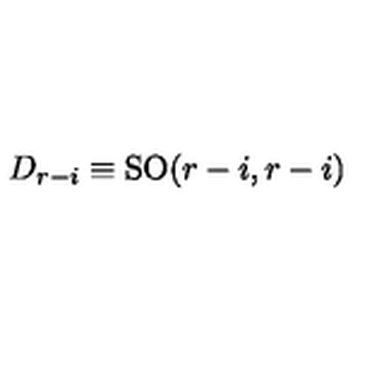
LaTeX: D _ { r - i } \equiv \mathrm { S O } ( r - i , r - i )